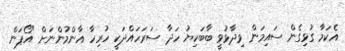
އެކަމާ ގުޅިގެން ސައިމަން ވިދާޅުވީ ބާބަކިޔު ހަދާ ސަރަހައްދަކީ ހުރިހާ އާންމުންނަށް "އޯޕަން